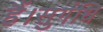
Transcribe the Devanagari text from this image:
हैं।सुगंधि